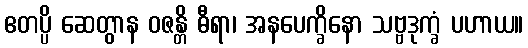
ဧတပ္ပိ ဆေတွာန ဝဇန္တိ ဓီရာ၊ အနပေက္ခိနော သဗ္ဗဒုက္ခံ ပဟာယ။